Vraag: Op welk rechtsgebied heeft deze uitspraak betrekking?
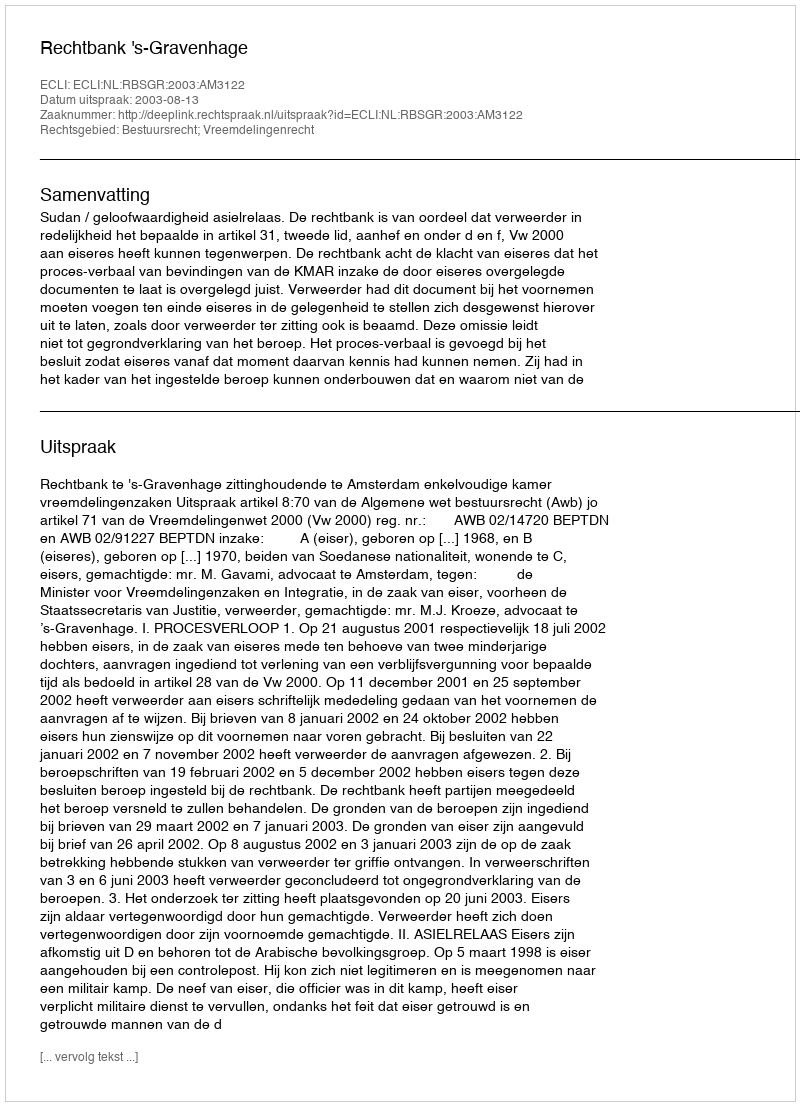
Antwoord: Bestuursrecht; Vreemdelingenrecht